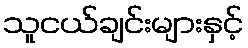
သူငယ်ချင်းများနှင့်